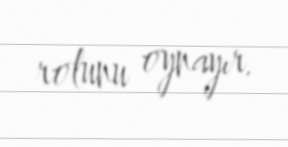
rolunu oynayır.